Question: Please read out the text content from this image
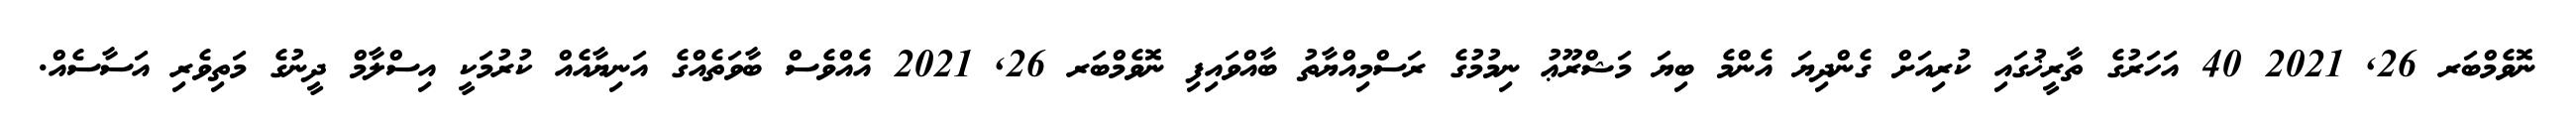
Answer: ނޮވެމްބަރ 26, 2021 40 އަހަރުގެ ތާރީޚުގައި ކުރިއަށް ގެންދިޔަ އެންމެ ބިޔަ މަޝްރޫޢު ނިމުމުގެ ރަސްމިއްޔާތު ބާއްވައިފި ނޮވެމްބަރ 26, 2021 އެއްވެސް ބާވަތެއްގެ އަނިޔާއެއް ކުރުމަކީ އިސްލާމް ދީނުގެ މަތިވެރި އަސާސެއް.